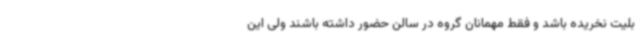
بلیت نخریده باشد و فقط مهمانان گروه در سالن حضور داشته باشند ولی این